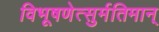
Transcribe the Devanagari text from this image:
विभूषणेत्सुर्मतिमान्